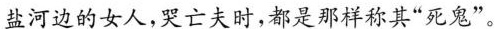
盐河边的女人,哭亡夫时,都是那样称其“死鬼”。